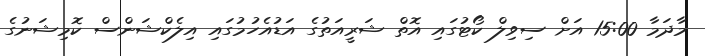
މާދަމާ 15:00 އަށް ސިވިލް ކޯޓުގައި އޮތް ޝަރީއަތުގެ އަޑުއެހުމުގައި އިލެކްޝަންސް ކޮމިޝަނުގެ